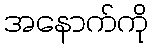
အနောက်ကို